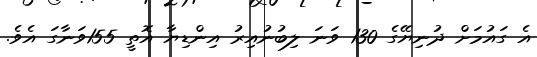
އެ ގައުމަށް ދުނިޔޭގެ 130 ވަނަ ލިބުނުއިރު އިންޑިޔާ އޮތީ 155ވަނާގަ އެވެ.